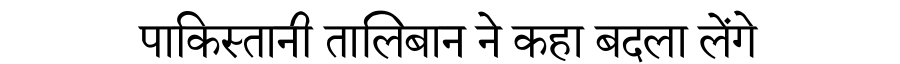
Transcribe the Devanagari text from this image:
पाकिस्तानी तालिबान ने कहा बदला लेंगे